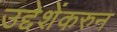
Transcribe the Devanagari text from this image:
उद्देशेंकरुन